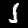
Digit: 1